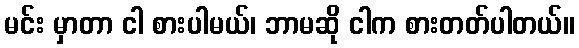
မင်း မှာတာ ငါ စားပါမယ်၊ ဘာမဆို ငါက စားတတ်ပါတယ်။